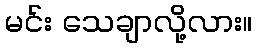
မင်း သေချာလို့လား။